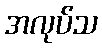
အလုပ်သ